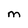
Character: M